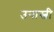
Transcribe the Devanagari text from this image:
उनास्वी